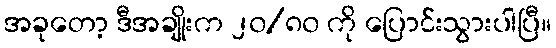
အခုတော့ ဒီအချိုးက ၂၀/၈၀ ကို ပြောင်းသွားပါပြီ။